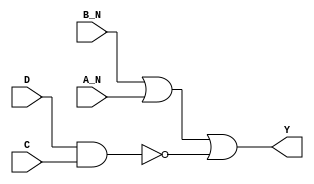
module sky130_fd_sc_lp__nand4bb_7 (
    Y  ,
    A_N,
    B_N,
    C  ,
    D
);
    output Y  ;
    input  A_N;
    input  B_N;
    input  C  ;
    input  D  ;
    wire nand0_out;
    wire or0_out_Y;
    nand nand0 (nand0_out, D, C               );
    or   or0   (or0_out_Y, B_N, A_N, nand0_out);
    buf  buf0  (Y        , or0_out_Y          );
endmodule